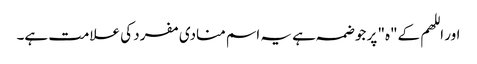
اور اللھم کے"ہ" پر جو ضمہ ہے یہ اسم منادی مفرد کی علامت ہے۔